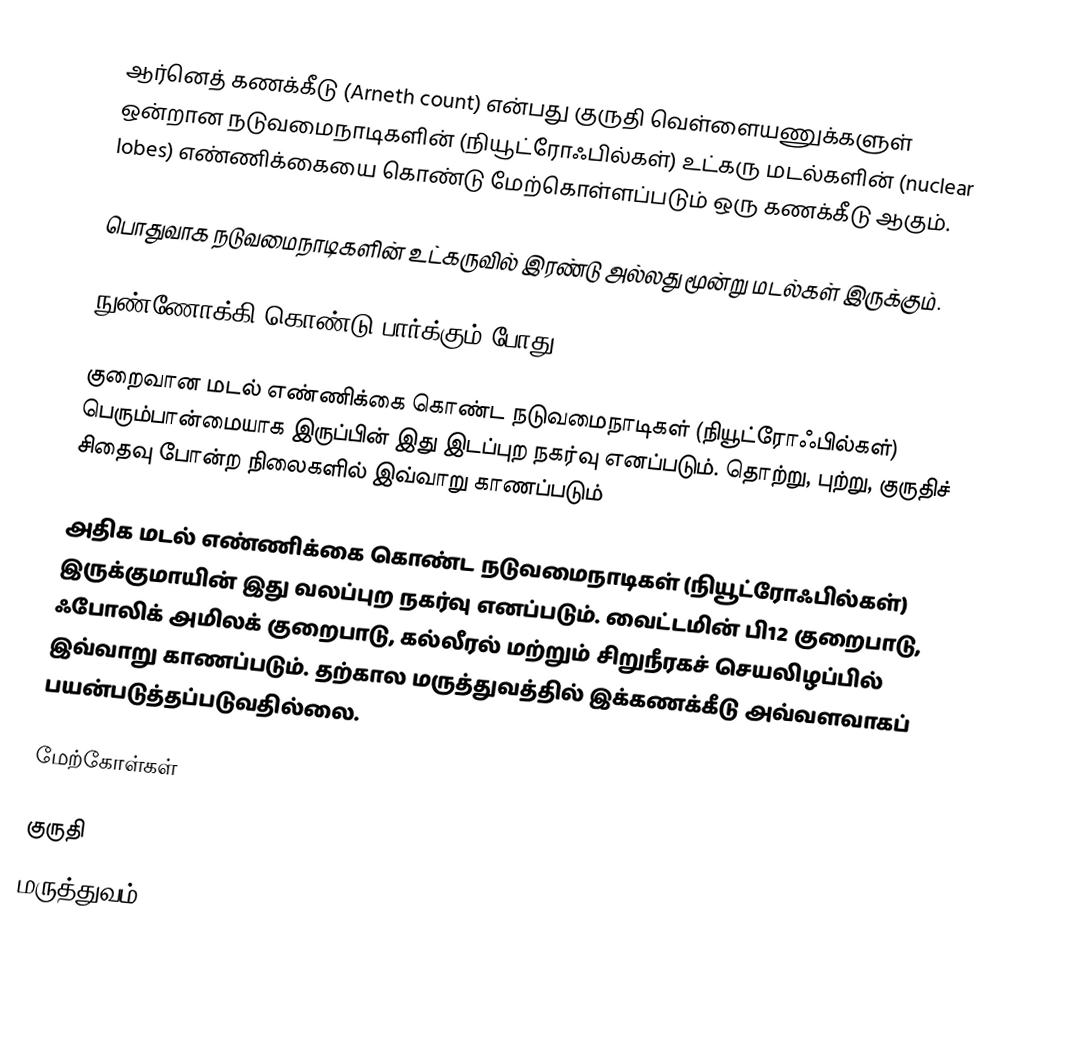
ஆர்னெத் கணக்கீடு (Arneth count) என்பது குருதி வெள்ளையணுக்களுள் ஒன்றான நடுவமைநாடிகளின் (நியூட்ரோஃபில்கள்) உட்கரு மடல்களின் (nuclear lobes) எண்ணிக்கையை கொண்டு மேற்கொள்ளப்படும் ஒரு கணக்கீடு ஆகும்.

பொதுவாக நடுவமைநாடிகளின் உட்கருவில் இரண்டு அல்லது மூன்று மடல்கள் இருக்கும்.

நுண்ணோக்கி கொண்டு பார்க்கும் போது,

 குறைவான மடல் எண்ணிக்கை கொண்ட நடுவமைநாடிகள் (நியூட்ரோஃபில்கள்) பெரும்பான்மையாக இருப்பின் இது இடப்புற நகர்வு எனப்படும். தொற்று, புற்று, குருதிச் சிதைவு போன்ற நிலைகளில் இவ்வாறு காணப்படும்

 அதிக மடல் எண்ணிக்கை கொண்ட நடுவமைநாடிகள் (நியூட்ரோஃபில்கள்) இருக்குமாயின் இது வலப்புற நகர்வு எனப்படும். வைட்டமின் பி12 குறைபாடு, ஃபோலிக் அமிலக் குறைபாடு, கல்லீரல் மற்றும் சிறுநீரகச் செயலிழப்பில் இவ்வாறு காணப்படும். தற்கால மருத்துவத்தில் இக்கணக்கீடு அவ்வளவாகப் பயன்படுத்தப்படுவதில்லை.

மேற்கோள்கள்

குருதி
மருத்துவம்